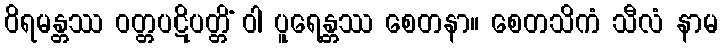
ဝိရမန္တဿ ဝတ္တပဋိပတ္တိံ ဝါ ပူရေန္တဿ စေတနာ။ စေတသိကံ သီလံ နာမ